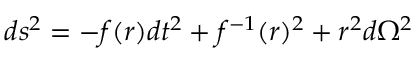
d s ^ { 2 } = - f ( r ) d t ^ { 2 } + f ^ { - 1 } ( r ) ^ { 2 } + r ^ { 2 } d \Omega ^ { 2 }